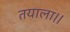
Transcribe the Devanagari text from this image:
तयाला।।